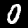
Digit: 0